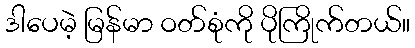
ဒါပေမဲ့ မြန်မာ ဝတ်စုံကို ပိုကြိုက်တယ်။